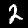
Label: 2